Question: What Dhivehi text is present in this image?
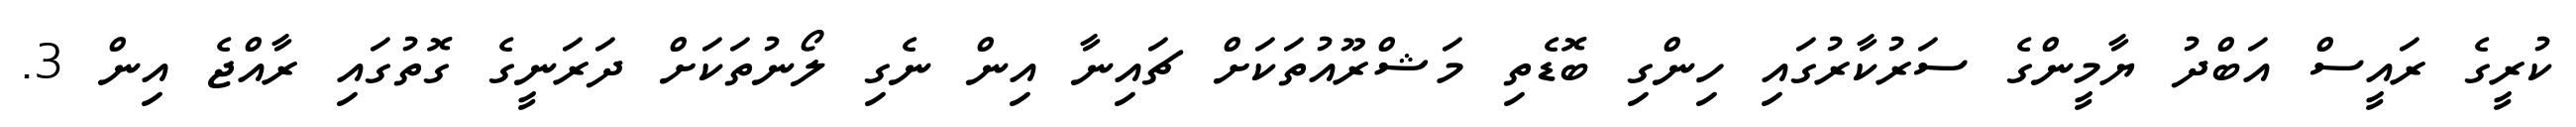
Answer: ކުރީގެ ރައީސް އަބްދު ޔާމީންގެ ސަރުކާރުގައި ހިންގި ބޮޑެތި މަޝްރޫއުތަކަށް ޗައިނާ އިން ނެގި ލޯނުތަކަށް ދަރަނީގެ ގޮތުގައި ރާއްޖެ އިން 3.